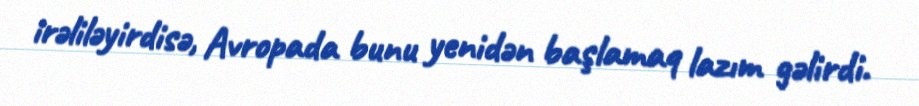
irəliləyirdisə, Avropada bunu yenidən başlamaq lazım gəlirdi.